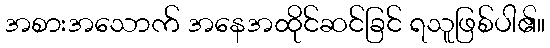
အစားအသောက် အနေအထိုင်ဆင်ခြင် ရသူဖြစ်ပါ၏။